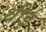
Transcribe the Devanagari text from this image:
थीई